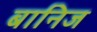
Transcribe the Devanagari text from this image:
बानिज